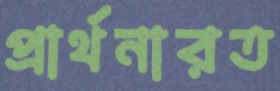
প্রার্থনারত